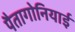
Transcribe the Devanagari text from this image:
पैतागोनियाई